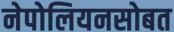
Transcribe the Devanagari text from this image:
नेपोलियनसोबत